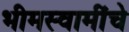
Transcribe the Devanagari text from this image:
भीमस्वामींचे